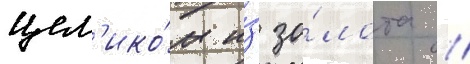
цел'ико́м и́з зо́лота /